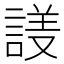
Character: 𬢱